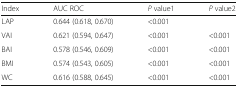
<table><thead><tr><td><b>Index</b></td><td><b>AUC ROC</b></td><td><b><i>P</i> value1</b></td><td><b><i>P</i> value2</b></td></tr></thead><tbody><tr><td>LAP</td><td>0.644 (0.618, 0.670)</td><td colspan="2">&lt;0.001</td></tr><tr><td>VAI</td><td>0.621 (0.594, 0.647)</td><td>&lt;0.001</td><td>&lt;0.001</td></tr><tr><td>BAI</td><td>0.578 (0.546, 0.609)</td><td>&lt;0.001</td><td>&lt;0.001</td></tr><tr><td>BMI</td><td>0.574 (0.543, 0.605)</td><td>&lt;0.001</td><td>&lt;0.001</td></tr><tr><td>WC</td><td>0.616 (0.588, 0.645)</td><td>&lt;0.001</td><td>&lt;0.001</td></tr></tbody></table>